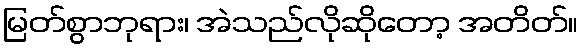
မြတ်စွာဘုရား၊ အဲသည်လိုဆိုတော့ အတိတ်။